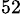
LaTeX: ^{52}